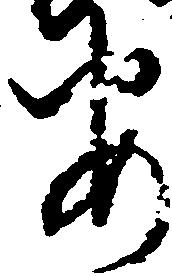
安